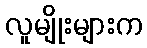
လူမျိုးများက